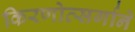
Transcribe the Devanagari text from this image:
किरणोत्सर्गाने